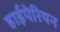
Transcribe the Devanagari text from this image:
हाईपेरियन